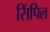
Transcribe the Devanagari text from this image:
सिंपिल